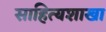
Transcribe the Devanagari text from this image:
साहित्यशाखा